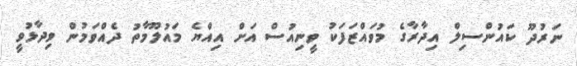
ނަރުދޫ ކައުންސިލް އިދާރާގެ މުވައްޒަފަކު ވީނިއުސް އަށް އިއްޔެ މައުލޫމާތު ދެއްވަމުން ވިދާޅުވީ